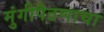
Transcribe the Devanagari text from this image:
मुंगीपैठणाचा